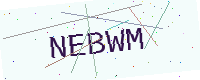
Text: NEBWM